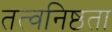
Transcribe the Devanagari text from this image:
तत्वनिष्ठता